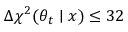
\Delta \chi ^ { 2 } ( \theta _ { t } \mid x ) \le 3 2